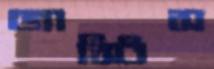
জাস্টিস